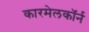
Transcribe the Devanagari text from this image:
कारमेलकॉर्न